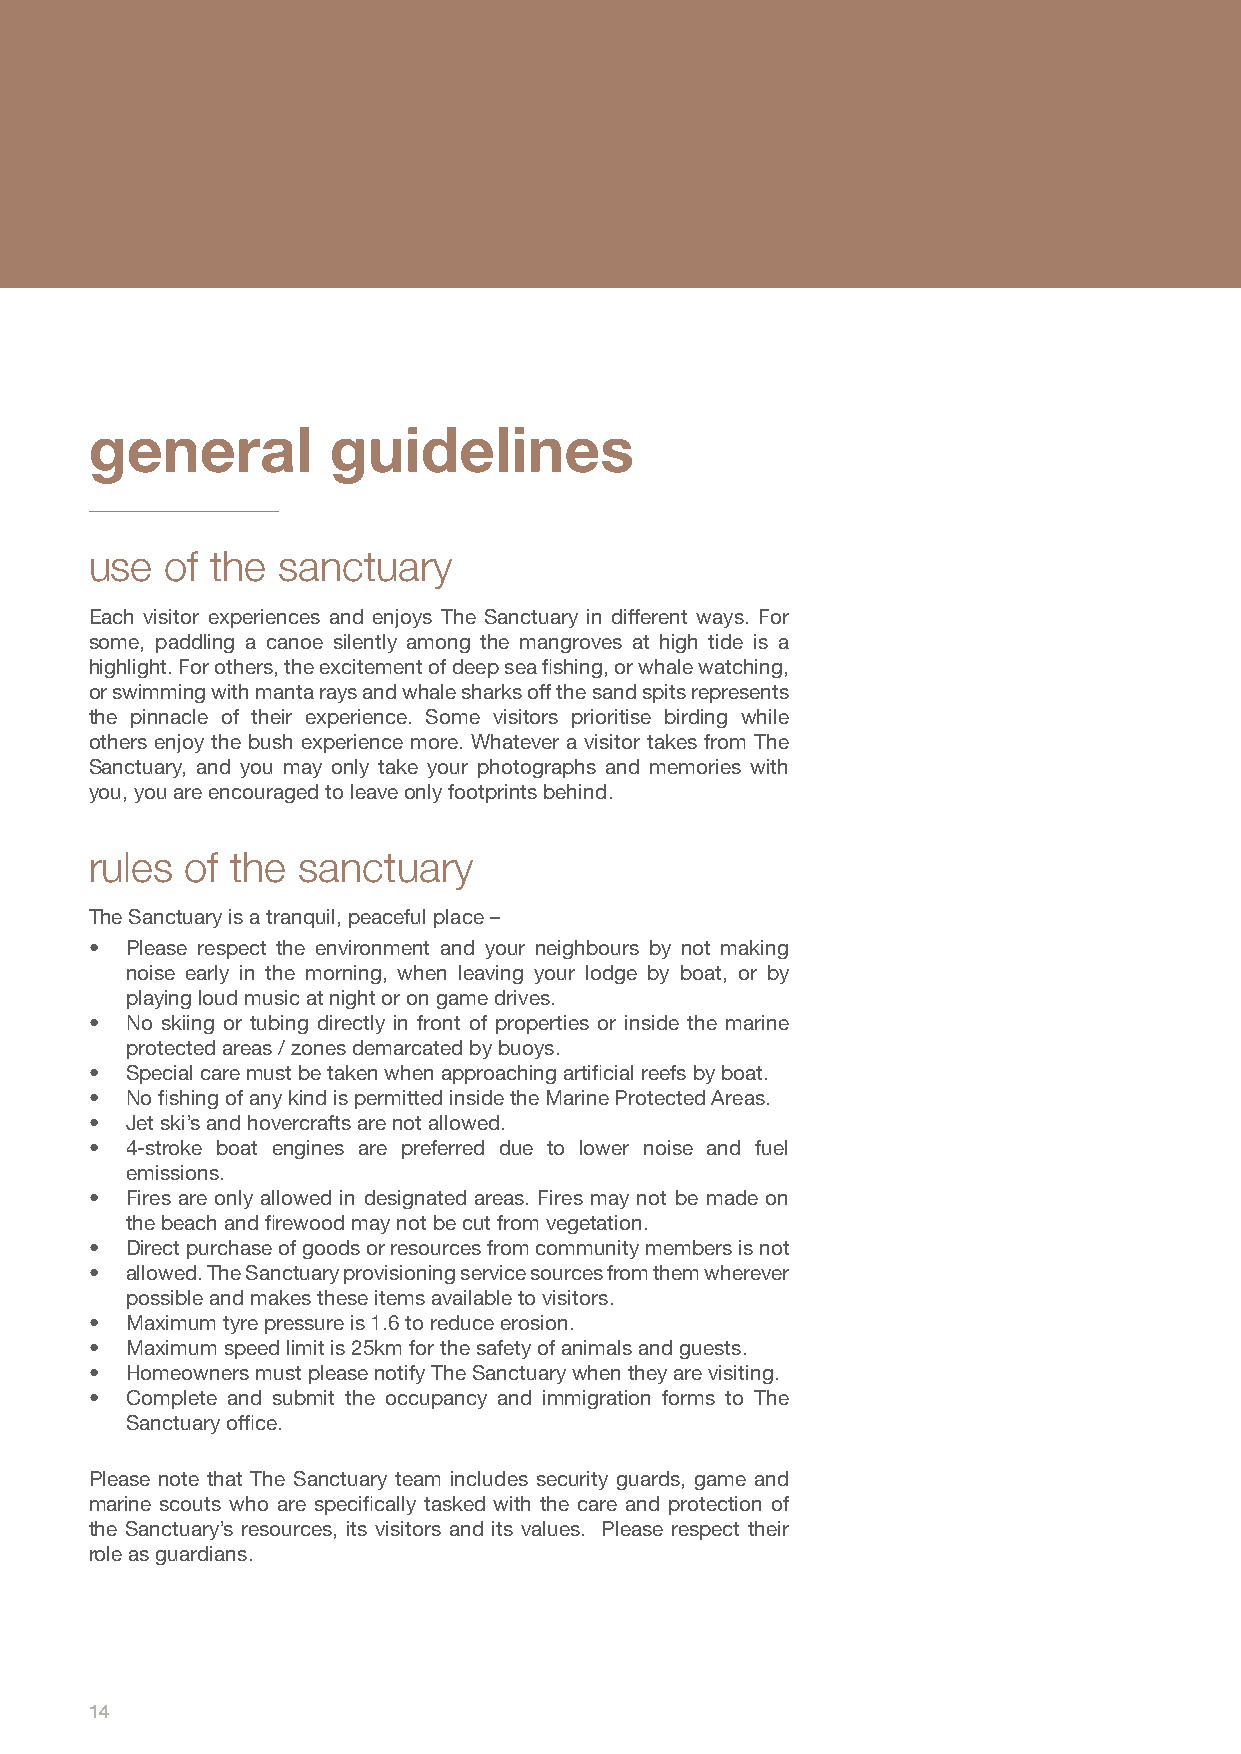
general         guidelines
 use  of the sanctuary
 Each visitor experiences and enjoys The Sanctuary in different ways. For
 some, paddling a canoe silently among the mangroves at high tide is a
 highlight. For others, the excitement of deep sea fishing, or whale watching,
 or swimming with manta rays and whale sharks off the sand spits represents
 the pinnacle of their experience. Some visitors prioritise birding while
 others enjoy the bush experience more. Whatever a visitor takes from The
 Sanctuary, and you may only take your photographs and memories with
 you, you are encouraged to leave only footprints behind.
 rules of the  sanctuary
 The Sanctuary is a tranquil, peaceful place –
 • Please respect the environment and your neighbours by not making
 noise early in the morning, when leaving your lodge by boat, or by
 playing loud music at night or on game drives.
 • No skiing or tubing directly in front of properties or inside the marine
 protected areas / zones demarcated by buoys.
 • Special care must be taken when approaching artificial reefs by boat.
 • No fishing of any kind is permitted inside the Marine Protected Areas.
 • Jet ski’s and hovercrafts are not allowed.
 • 4-stroke boat engines are preferred due to lower noise and fuel
 emissions.
 • Fires are only allowed in designated areas. Fires may not be made on
 the beach and firewood may not be cut from vegetation.
 • Direct purchase of goods or resources from community members is not
 • allowed. The Sanctuary provisioning service sources from them wherever
 possible and makes these items available to visitors.
 • Maximum tyre pressure is 1.6 to reduce erosion.
 • Maximum speed limit is 25km for the safety of animals and guests.
 • Homeowners must please notify The Sanctuary when they are visiting.
 • Complete and submit the occupancy and immigration forms to The
 Sanctuary office.
 Please note that The Sanctuary team includes security guards, game and
 marine scouts who are specifically tasked with the care and protection of
 the Sanctuary’s resources, its visitors and its values. Please respect their
 role as guardians.
 14